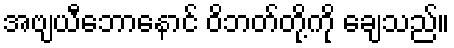
အဗျယီဘောနောင် ဝိဘတ်တို့ကို ချေသည်။